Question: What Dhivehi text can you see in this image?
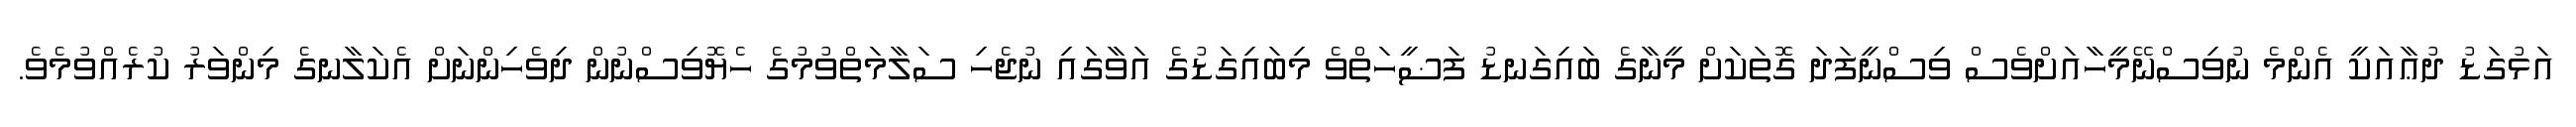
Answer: އަޅުގަޑު ދުޢާއަކީ އެންމެ ނުވިސްނޭމީހާއަށްވެސް ވިސްނީފަދަ ގޮތަކަށް މީނާގެ ބައިގަނޑު ފަޟީހަތްވެ މިބައިގަޑުގެ އަވާގައި ނުޖެހި ސަލާމަތްވުމުގެ ހެޔޮވިސްނުން ދިވެހިންނަށް އެކަލާނގެ މިންވަރު ކުރެއްވުމެވެ.